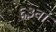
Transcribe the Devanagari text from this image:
६३वां